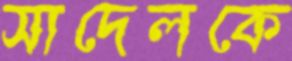
সাদেলকে